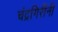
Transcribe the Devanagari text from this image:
चंद्रगिरींनी